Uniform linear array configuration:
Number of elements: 16
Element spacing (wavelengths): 0.5
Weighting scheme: uniform
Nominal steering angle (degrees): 45
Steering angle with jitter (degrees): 45.912
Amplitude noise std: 0.05
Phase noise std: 0.05

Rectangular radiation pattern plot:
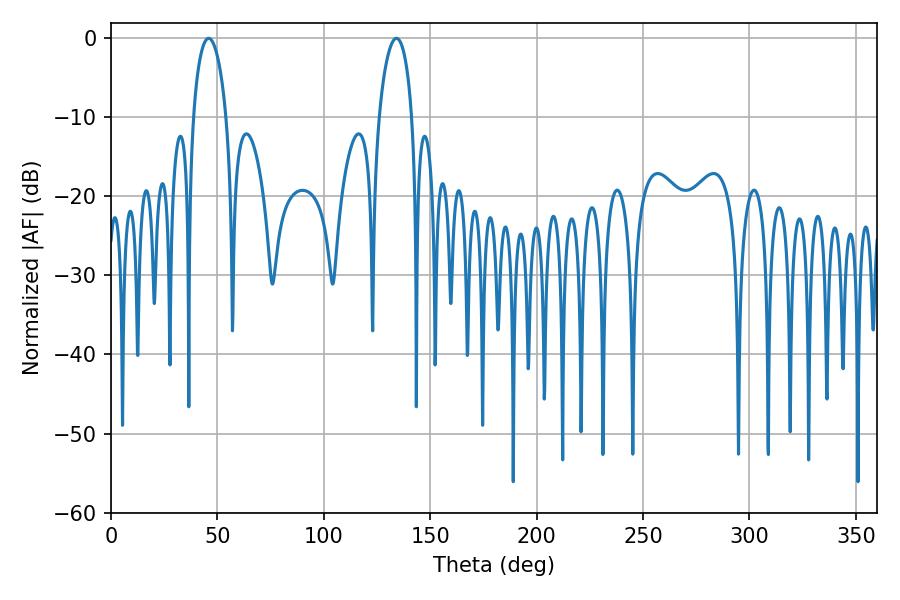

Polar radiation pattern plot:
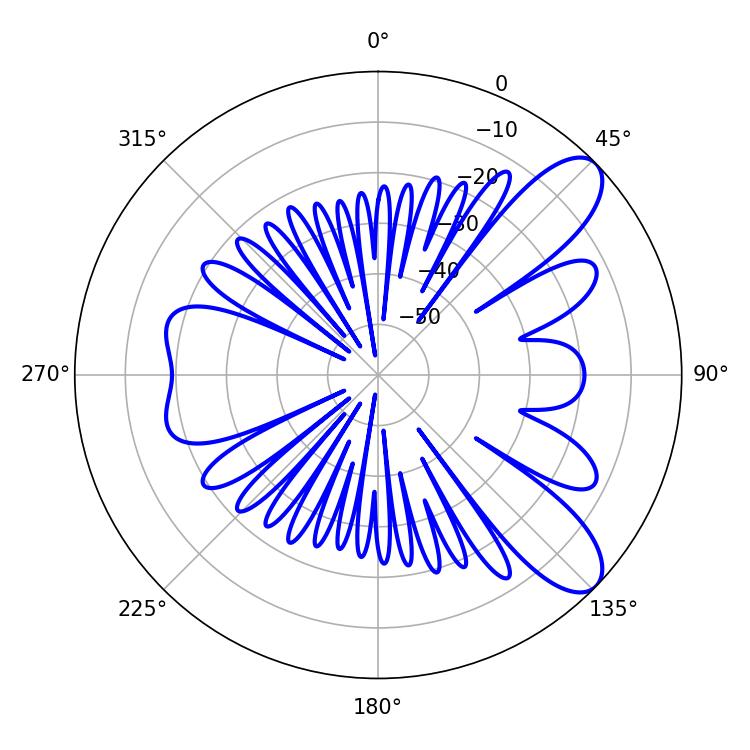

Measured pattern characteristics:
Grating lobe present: FALSE
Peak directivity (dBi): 9.147
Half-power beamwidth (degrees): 8.82
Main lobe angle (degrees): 45.9